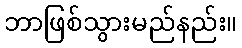
ဘာဖြစ်သွားမည်နည်း။